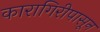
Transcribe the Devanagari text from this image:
कारागिरीपासून